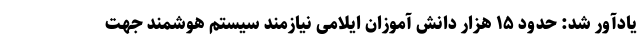
یادآور شد: حدود ۱۵ هزار دانش آموزان ایلامی نیازمند سیستم هوشمند جهت